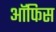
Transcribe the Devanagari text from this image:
आॅफिस